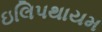
ઇલિપથાયમ